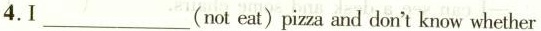
4.I___(not eat) piza and don't know whether